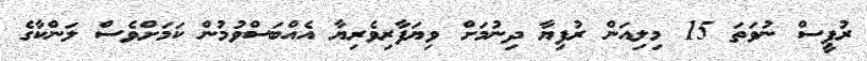
ރުޕީސް ނުވަތަ 15 މިލިއަން ރުފިޔާ ދިނުމަށް ވިޔަފާރިވެރިޔާ އެއްބަސްވުމުން ކަމަށްވެސް ލަންކާގެ